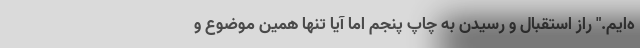
ه‌ایم." راز استقبال و رسیدن به چاپ پنجم اما آیا تنها همین موضوع و